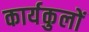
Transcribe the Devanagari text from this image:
कार्यकुलों